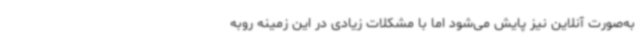
به‌صورت آنلاین نیز پایش می‌شود اما با مشکلات زیادی در این زمینه روبه